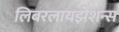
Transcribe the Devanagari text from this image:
लिबरलायझेशन्स